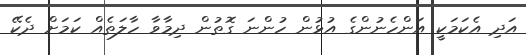
އަދި އެކަމަކީ އަންހެނުންގެ އުޅުން ހުންނަ ގޮތުން ދިމާވާ ހާލަތެއް ކަމަށް ދެކޭ